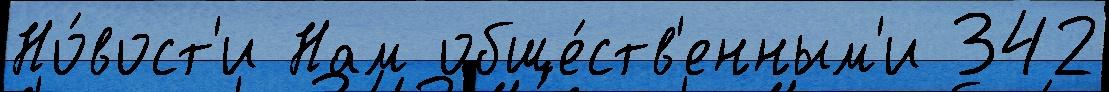
Но́вост'и Нам обще́ств'енным'и 342